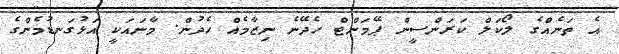
އެ ތަނެއްގެ ލޯކަލް ކަރަންސީން ޕޭމަންޓް ހެދޭނެ ނިޒާމެއް ހެދުން. މާނައަކީ އަޅުގަނޑުމެންގެ